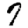
Digit: 7